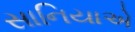
સાનિયાએ